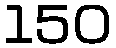
150